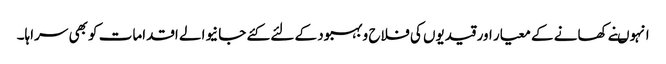
انہوںنے کھانے کے معیار اور قیدیوں کی فلاح و بہبود کے لئے کئے جانیوالے اقدامات کو بھی سراہا۔